Vaccination in Burma 1900-1911 - 1900-1911
Year: 1900
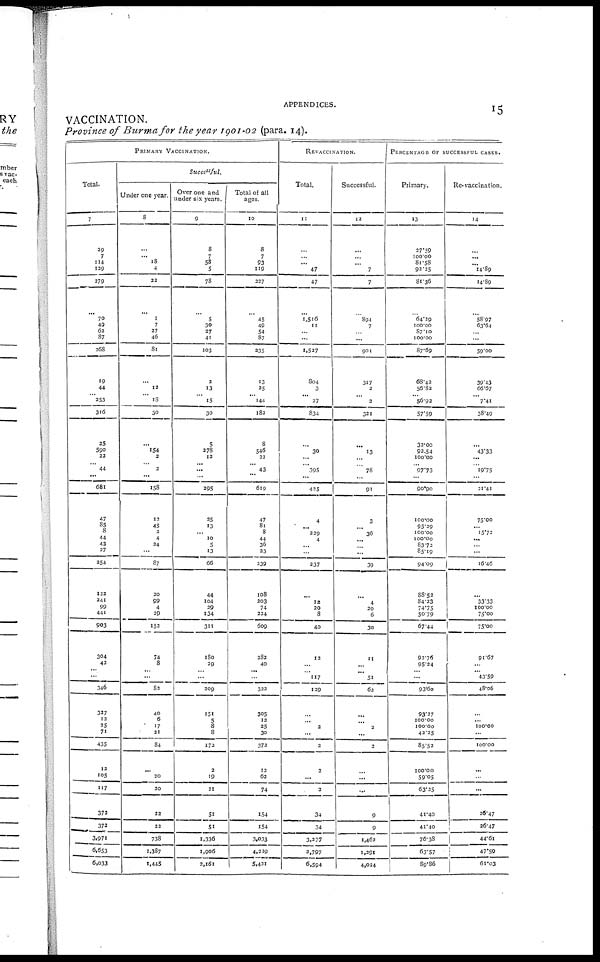
APPENDICES.
15
VACCINATION.
Province of Burma for the year 1901-02 (para. 14).
PRIMARY VACCINATION.
Total.
7
39
7
114
129
279
... 70 49
62
87
268
19
44
...
353
316
25
590
22
...
44
...
681
47
85
8
44
43
27
254
122
241
99
441
903
304
42
...
346
337
12
35
71
435
12
105
117
373
373
3,971
6,653
6,033
Successful.
Under one year.
8
...
...
18
4
23
...
1
7
27
46
81
...
12
... 18
30
...
154
3
...
2
...
158
12
45
2
4
24
...
87
20
99
4
29
152
74
8
...
...
83
40
6
17
21
84
...
20
20
22
22
738
1,387
1,445
Over one and
under six years.
9
8
7
58
5
78
...
5
30
27
41
103
2
13
...
15
30
5
378
12
...
...
...
295
35
13
... 10
5
13
66
44
104
39
134
311
180
29
...
...
209
151
5
8
8
172
2
19
21
51
51
1,336
1,906
2,161
Total of all
ages.
10
8
7
93
119
227
...
45
49
54
87
335
13
35
... 144
182
8
546
22
...
43
...
619
47
81
8
44
36
23
239
108
303
74
224
609
282
40
...
...
333
305
12
25
30
372
12
62
74
154
154
3,033
4,229
5,421
REVACINATION.
Total.
11
...
...
... 47
47
...
1,516
11
...
...
1,527
804
3
... 27
834
...
30
...
...
395
...
425
4
...
229
4
...
...
337
...
12
20
8
40
12
...
... 117
129
...
... 2
...
2
2
...
2
34
34
3,277
3,797
6,594
Successful.
12
...
...
...
7
7
...
894
7
...
...
901
317
2
...
2
321
...
13
78
... ...
...
91
3
...
36
...
...
...
39
...
4
20
6
30
11
...
... 51
62
...
...
2
...
2
...
...
...
9
9
1,462
1,291
4,034
PERCENTAGE OF SUCCESSFUL CASES.
Primary.
13
27.59
100.00
81.58
93.25
81.36
64.29
100.00
87.10
100.00
87.69
68.43
56.83
... 56.92
57.59
32.00
92.54
100.00
...
97.73
...
90.90
100.00
95.29
100.00
100.00
83.73
85.19
94.09
88.53
84.23
74.75
50.79
67.44
92.76
95.24
...
...
93.60
93.27
100.00
100.00
43.35
85.52
100.00
59.05
63.25
41.40
41.40
76.38
63.57
89.86
Re-vaccination.
14
...
...
... 14.89
14.89
58.97 ...
63.64
...
...
59.00
39.43
66.67
... 7.41
38.49
...
43.33
...
...
19.75
...
21.41
75.00
...
15.72
...
...
...
16.46
...
33.33
100.00
75.00
75.00
91.67
...
... 43.59
48.06
...
... 100.00
...
100.00
...
...
...
26.47
26.47
44.61
47.59
61.03